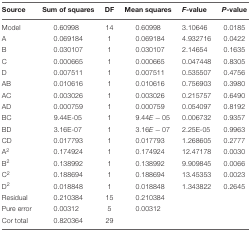
<table><thead><tr><td><b>Source</b></td><td><b>Sum of squares</b></td><td><b>DF</b></td><td><b>Mean squares</b></td><td><b><i>F-</i>value</b></td><td><b><i>P</i>-value</b></td></tr></thead><tbody><tr><td>Model</td><td>0.60998</td><td>14</td><td>0.60998</td><td>3.10646</td><td>0.0185</td></tr><tr><td>A</td><td>0.069184</td><td>1</td><td>0.069184</td><td>4.932716</td><td>0.0422</td></tr><tr><td>B</td><td>0.030107</td><td>1</td><td>0.030107</td><td>2.14654</td><td>0.1635</td></tr><tr><td>C</td><td>0.000665</td><td>1</td><td>0.000665</td><td>0.047448</td><td>0.8305</td></tr><tr><td>D</td><td>0.007511</td><td>1</td><td>0.007511</td><td>0.535507</td><td>0.4756</td></tr><tr><td>AB</td><td>0.010616</td><td>1</td><td>0.010616</td><td>0.756903</td><td>0.3980</td></tr><tr><td>AC</td><td>0.003026</td><td>1</td><td>0.003026</td><td>0.215757</td><td>0.6490</td></tr><tr><td>AD</td><td>0.000759</td><td>1</td><td>0.000759</td><td>0.054097</td><td>0.8192</td></tr><tr><td>BC</td><td>9.44E-05</td><td>1</td><td>9.44E-05</td><td>0.006732</td><td>0.9357</td></tr><tr><td>BD</td><td>3.16E-07</td><td>1</td><td>3.16E-07</td><td>2.25E-05</td><td>0.9963</td></tr><tr><td>CD</td><td>0.017793</td><td>1</td><td>0.017793</td><td>1.268605</td><td>0.2777</td></tr><tr><td>A<sup>2</sup></td><td>0.174924</td><td>1</td><td>0.174924</td><td>12.47178</td><td>0.0030</td></tr><tr><td>B<sup>2</sup></td><td>0.138992</td><td>1</td><td>0.138992</td><td>9.909845</td><td>0.0066</td></tr><tr><td>C<sup>2</sup></td><td>0.188694</td><td>1</td><td>0.188694</td><td>13.45353</td><td>0.0023</td></tr><tr><td>D<sup>2</sup></td><td>0.018848</td><td>1</td><td>0.018848</td><td>1.343822</td><td>0.2645</td></tr><tr><td>Residual</td><td>0.210384</td><td>15</td><td>0.210384</td><td></td><td></td></tr><tr><td>Pure error</td><td>0.00312</td><td>5</td><td>0.00312</td><td></td><td></td></tr><tr><td>Cor total</td><td>0.820364</td><td>29</td><td></td><td></td><td></td></tr></tbody></table>